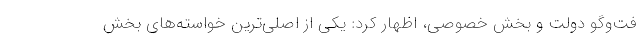
فت‌وگو دولت و بخش خصوصی، اظهار کرد: یکی از اصلی‌ترین خواسته‌های بخش